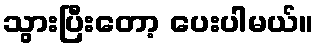
သွားပြီးတော့ ပေးပါမယ်။